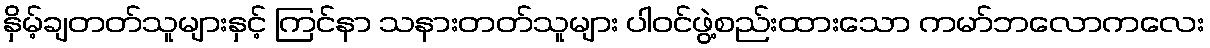
နှိမ့်ချတတ်သူများနှင့် ကြင်နာ သနားတတ်သူများ ပါဝင်ဖွဲ့စည်းထားသော ကမာ်ဘလောကလေး